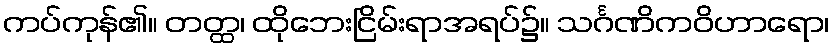
ကပ်ကုန်၏။ တတ္ထ၊ ထိုဘေးငြိမ်းရာအရပ်၌။ သင်္ဂဏိကဝိဟာရော၊